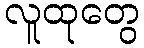
လူထုတွေ